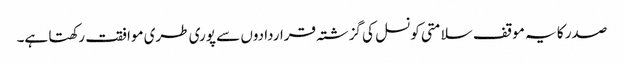
صدر کا یہ موقف سلامتی کونسل کی گزشتہ قراردادوں سے پوری طری موافقت رکھتا ہے۔